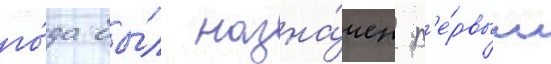
го́да бы́л назна́чен п'е́рвым